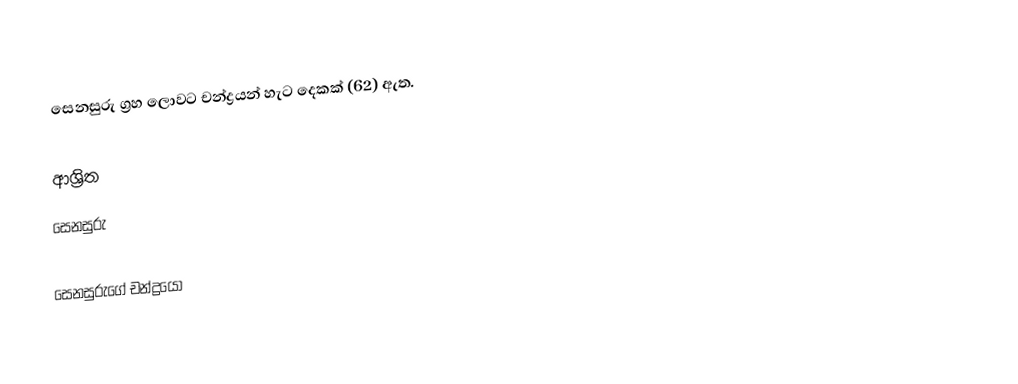
සෙනසුරු ග්‍රහ ලොවට චන්ද්‍රයන් හැට දෙකක් (62) ඇත.

ආශ්‍රිත
 සෙනසුරු

සෙනසුරුගේ චන්ද්‍රයෝ